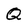
Character: Q